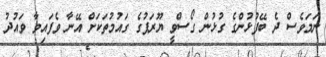
ނަމަވެސް ދެ ބޭފުޅުންގެ ގުޅުން ގޯސްވީ ޔޫރަޕުގެ ގައުމުތަކަށް އޭނާ ވެފައިވާ ވައުދު